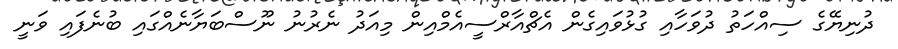
ދުނިޔޭގެ ސިއްހަތު ދުވަހާއި ގުޅުވައިގެން އެޗްއާރްސީއެމްއިން މިއަދު ނެރުނު ނޫސްބަޔާނެއްގައި ބުނެފައި ވަނީ